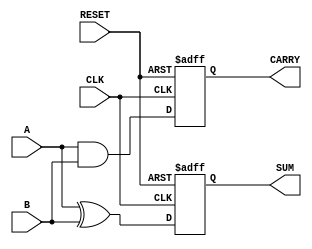
module sequential_half_adder (
    input wire A,         // First input bit
    input wire B,         // Second input bit
    input wire CLK,       // Clock input
    input wire RESET,     // Asynchronous reset
    output reg SUM,       // Sum output
    output reg CARRY      // Carry output
);

// Intermediate signals
wire sum_next;
wire carry_next;

// Combinational logic for sum and carry
assign sum_next = A ^ B;      // Sum is A XOR B
assign carry_next = A & B;    // Carry is A AND B

// Sequential logic
always @(posedge CLK or posedge RESET) begin
    if (RESET) begin
        SUM <= 1'b0;           // Reset SUM to 0
        CARRY <= 1'b0;         // Reset CARRY to 0
    end else begin
        SUM <= sum_next;       // Update SUM with the next value
        CARRY <= carry_next;   // Update CARRY with the next value
    end
end

endmodule